system: You are a helpful assistant.
user:
Analyze the provided spectrum to determine if it is a **Carbon Star (C-type)**.

- **Key Visual Indicators of Carbon Star:**
    - **(Primary):** Strong molecular absorption from **C₂ (diatomic carbon) "Swan Bands."** This is the **defining feature** of a carbon star.
        - **(Key Bandheads):** Sharp absorption edges are visible at approximately $5635$ Å, $5165$ Å (the strongest band), and $4737$ Å.
        - **(Line Profile):** Creates a distinct **"saw-tooth"** pattern. The key morphology is a sharp, steep bandhead on the **red (long-wavelength) side**, which then gradually tapers off (i.e., flux recovers) towards the **blue (short-wavelength) side**. *(This is the direct opposite of the TiO bands seen in M-type stars)*.

    - **(Secondary):** Intense **CN (cyanogen)** molecular absorption bands.
        - **(Key Bandheads):** Located in the blue and violet regions of the spectrum (e.g., near $4215$ Å and $3883$ Å).
        - **(Morphology):** These bands are extremely broad and act as a "blanket," absorbing the vast majority of blue and violet light. This creates a characteristic **"cliff"** or **"steep drop-off"** in the spectrum's flux at short wavelengths.

    - **(Key Confirmation):** Strong **CH absorption band (G-band)**.
        - **(Key Bandhead):** Located around $4300$ Å. The contribution from CH molecules to this band is exceptionally strong.

    - **(Overall Spectrum):**
        - The continuum is severely "chopped up" by these deep molecular bands, especially C₂, rather than appearing as a smooth curve.
        - Due to the heavy CN and C₂ absorption in the blue-green, the vast majority of the star's flux is concentrated in the red part of the spectrum, giving the star its characteristic deep red color.

Think first, call **spectral_visualization_tool** if needed to examine features in detail, then provide your final answer. Your response must adhere to the following strict rules:
1.  **Overall Structure:** Your response must follow the format `<think>...</think> <tool_call>...</tool_call> (if a tool is used) <answer>...</answer>`.
2.  **Tool Usage Constraint:** You may only make **one** tool call per turn.
3.  **Final Answer Format:** In the `<answer>` tag, your conclusion must be inside a `\boxed{}` command (e.g., `\boxed{YES}`), followed by your justification.

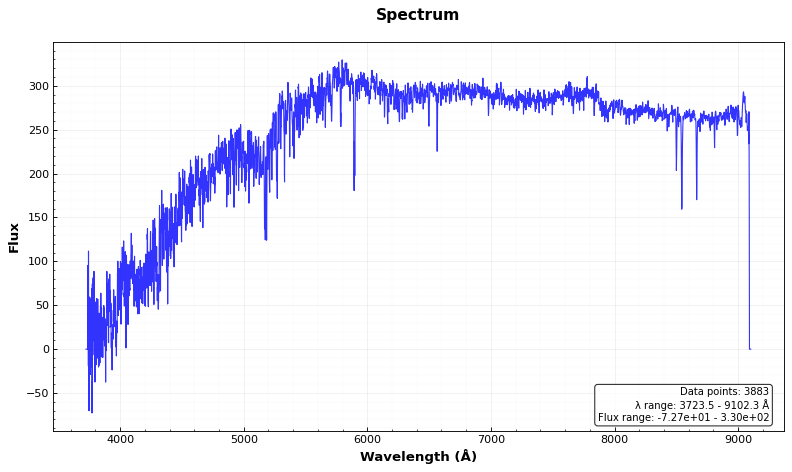
Answer: NO